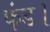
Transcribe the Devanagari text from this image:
फंड।